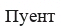
Пуент